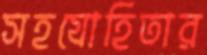
সহযোহিতার